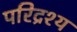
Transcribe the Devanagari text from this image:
परिद्रश्य